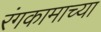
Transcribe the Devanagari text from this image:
रंगकामाच्या